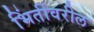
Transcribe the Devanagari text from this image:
भिंतींवरील